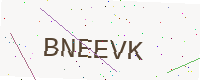
Text: BNEEVK